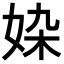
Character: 𡜉